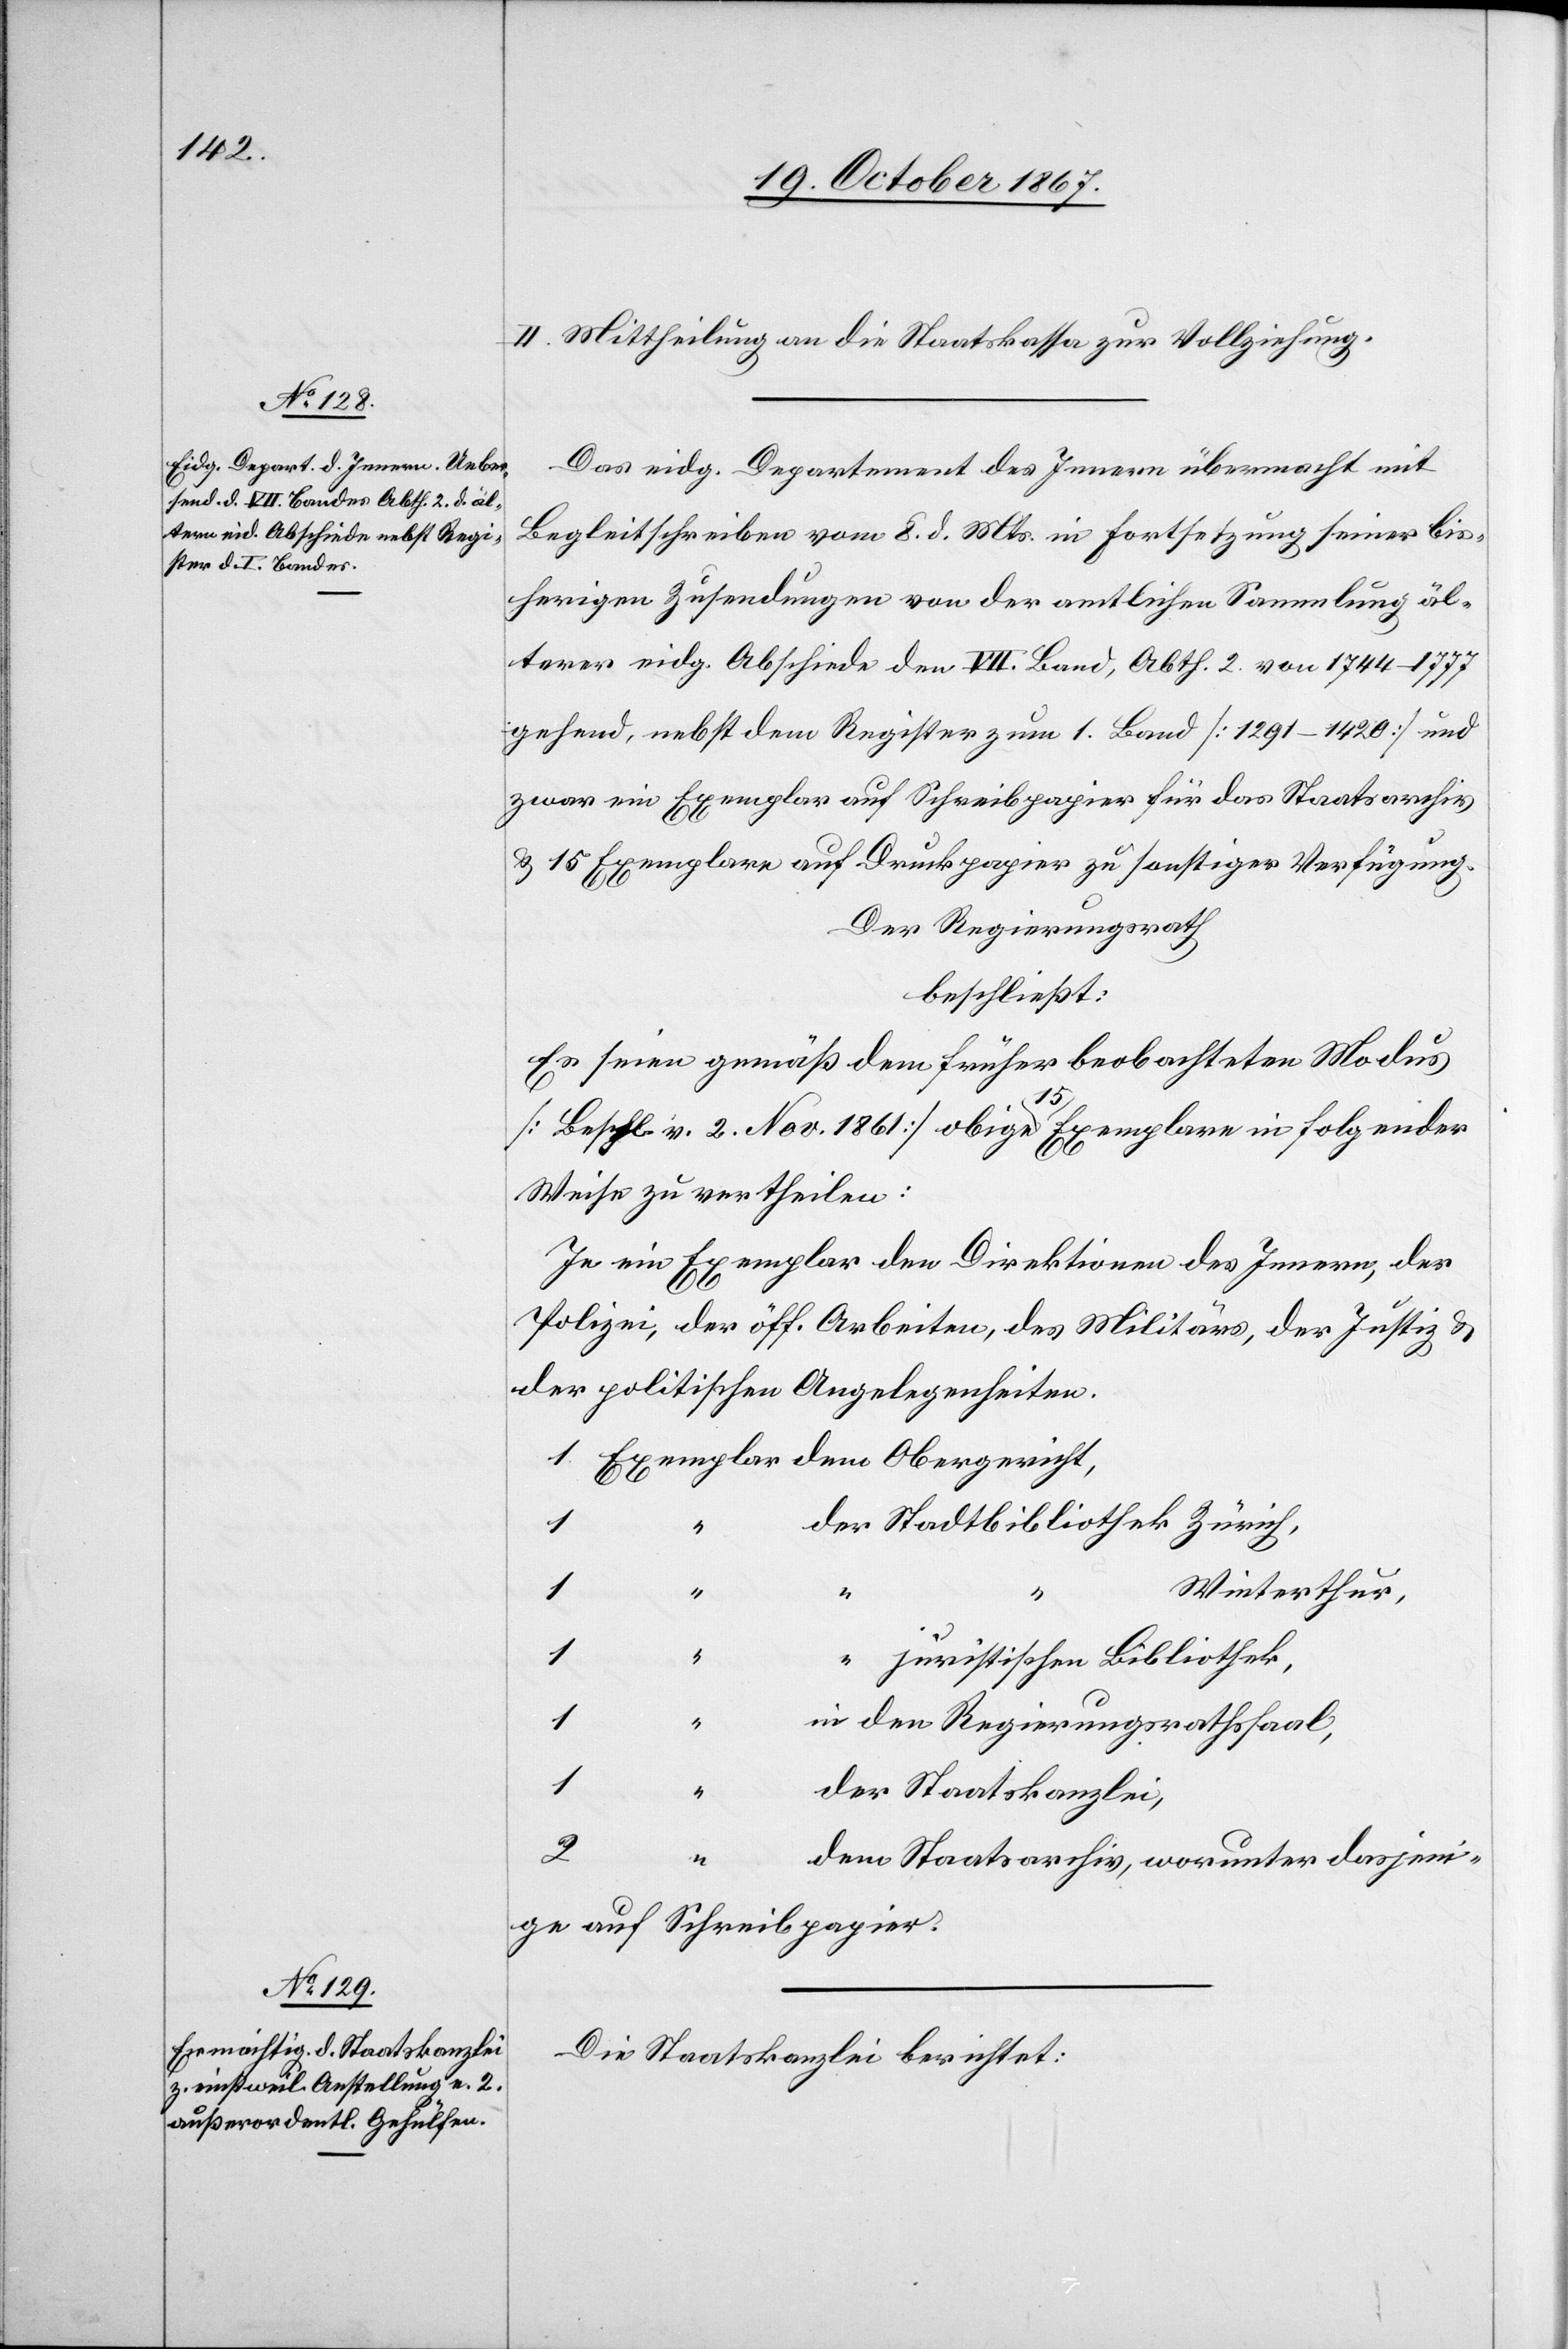
II. Mittheilung an die Staatskasse zur Vollziehung.
Das eidg. Departement des Innern übermacht mit
Begleitschreiben vom 8. d. Mts. in Fortsetzung seiner bis¬
herigen Zusendungen von der amtlichen Sammlung äl¬
terer eidg. Abschiede den VII. Band, Abth. 2 von 1744–1777
gehend, nebst dem Register zum 1. Bands [1291–1420] und
zwar ein Exemplar auf Schreibpapier für das Staatsarchiv
u. 15 Exemplare auf Druckpapier zu sonstiger Verfügung.
Der Regierungsrath
beschließt:
Es seien gemäß dem früher beobachteten Modus
[Beschl. v. 2. Nov. 1861] obige 15 Exemplare in folgender
Weise zu vertheilen:
Je ein Exemplar den Direktionen des Innern, der
Polizei, der öff. Arbeiten, des Militärs, der Justiz u.
der politischen Angelegenheiten.
Stadtbibliothek Zürich,
1
“
Winterthur,
1
“
juristischen Bibliothek,
1
den Regierungsrathssaal,
1
Staatsarchiv, worunter dasjeni¬
ge auf Schreibpapier.
Die Staatskanzlei berichtet: